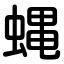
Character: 蝿